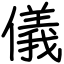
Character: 儀